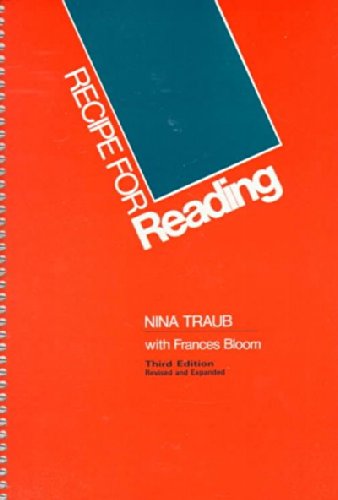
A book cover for Recipe for Reading: New Century Edition Recipe for Reading; Nina / Bloom, Frances Traub; Reference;